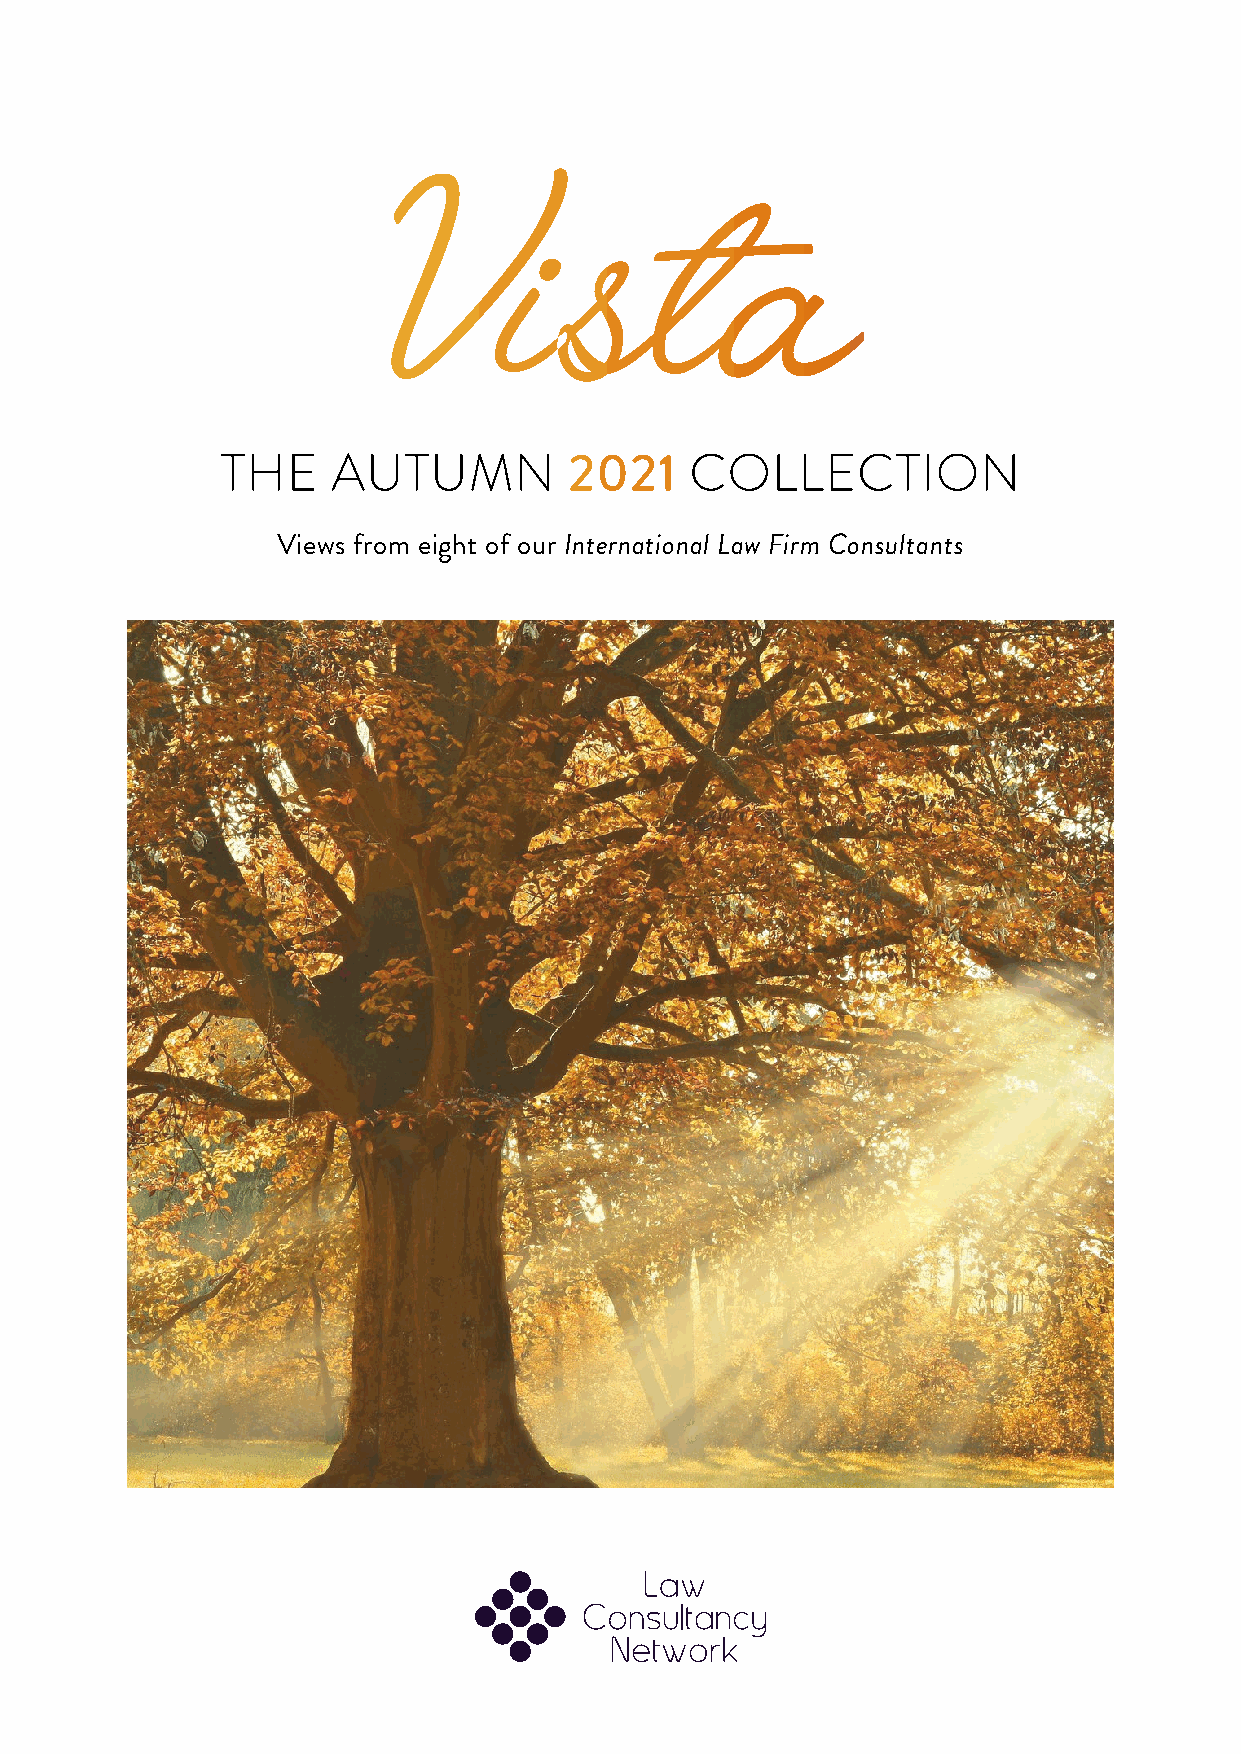
Vista
 THE    AUTUMN          2021    COLLECTION
 Views from eight of our International Law Firm Consultants